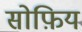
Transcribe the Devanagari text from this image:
सोफ़िय